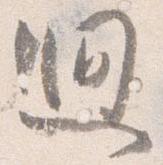
廻